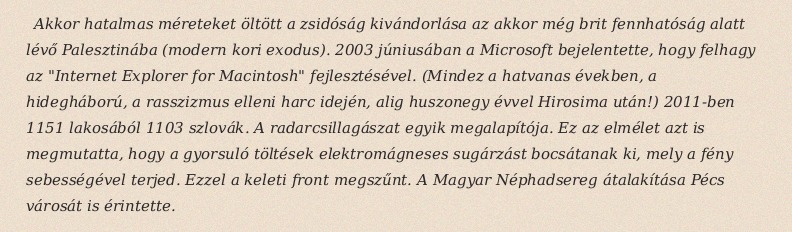
Akkor hatalmas méreteket öltött a zsidóság kivándorlása az akkor még brit fennhatóság alatt lévő Palesztinába (modern kori exodus). 2003 júniusában a Microsoft bejelentette, hogy felhagy az "Internet Explorer for Macintosh" fejlesztésével. (Mindez a hatvanas években, a hidegháború, a rasszizmus elleni harc idején, alig huszonegy évvel Hirosima után!) 2011-ben 1151 lakosából 1103 szlovák. A radarcsillagászat egyik megalapítója. Ez az elmélet azt is megmutatta, hogy a gyorsuló töltések elektromágneses sugárzást bocsátanak ki, mely a fény sebességével terjed. Ezzel a keleti front megszűnt. A Magyar Néphadsereg átalakítása Pécs városát is érintette.